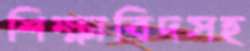
শিক্ষাবিদসহ